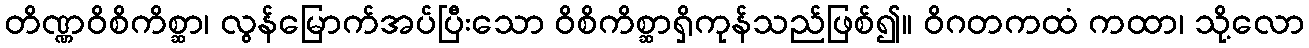
တိဏ္ဏဝိစိကိစ္ဆာ၊ လွန်မြောက်အပ်ပြီးသော ဝိစိကိစ္ဆာရှိကုန်သည်ဖြစ်၍။ ဝိဂတကထံ ကထာ၊ သို့လော